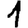
Digit: 1